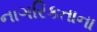
નાગરિકતાના